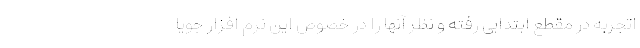
اتجربه در مقطع ابتدایی رفته و نظر آنها را در خصوص این نرم افزار جویا